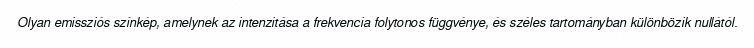
Olyan emissziós színkép, amelynek az intenzitása a frekvencia folytonos függvénye, és széles tartományban különbözik nullától.